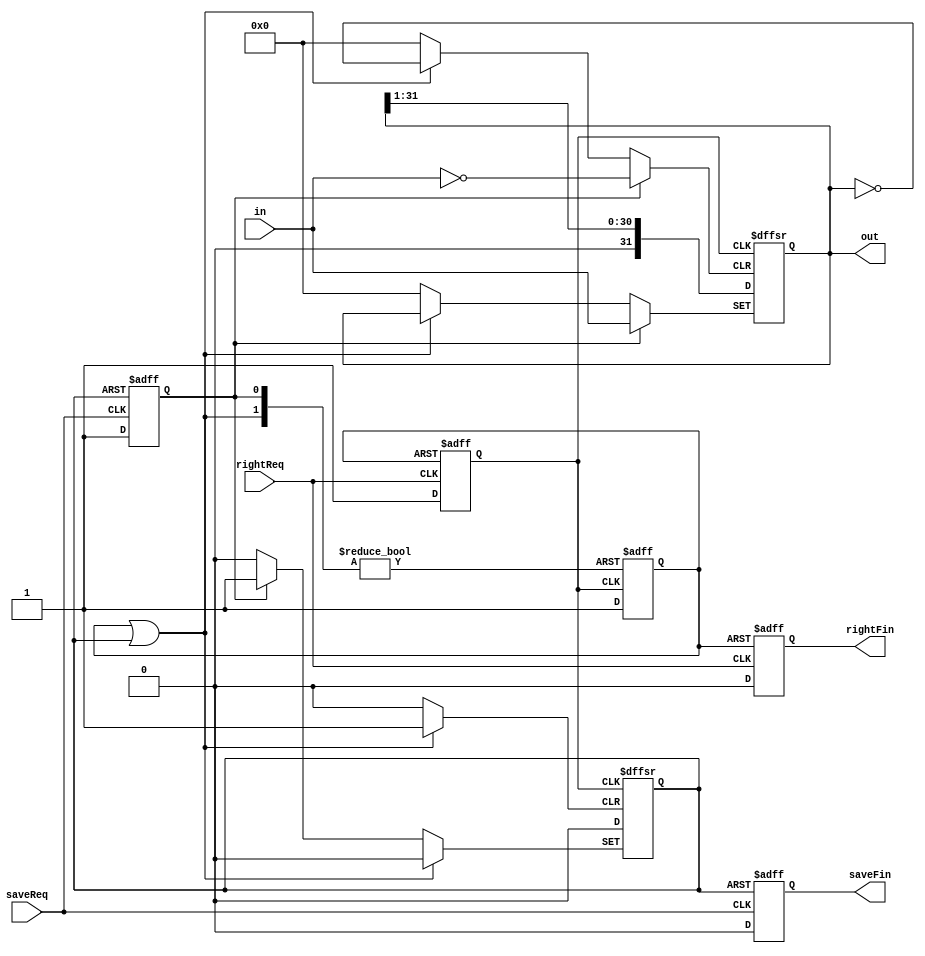
// This program was cloned from: https://github.com/Mario-Hero/Async-Karin
// License: MIT License

`timescale 1ns / 1ps
//////////////////////////////////////////////////////////////////////////////////
// 
// Module Name: registerRight
// Description: Shift Register (Right)
//              When saveReq rises, in -> out. Then saveFin rises.
//              When rightReq rises, {0,out>>1} -> out. Then rightFin rises.
//              Width is the bit width of in and out.
// Dependencies: 
// 
// Revision:
// Revision 0.01 - File Created
// Additional Comments:
// 
//////////////////////////////////////////////////////////////////////////////////

module registerRight #(parameter Width=32) (saveReq,saveFin,rightReq,rightFin,in,out);
input saveReq,rightReq;
output reg saveFin=1'b0, rightFin=1'b0;
input [Width-1:0] in;
output reg [Width-1:0] out=0;

reg rightReqBuf=1'b0,rightFinBuf=1'b0,saveReqBuf=1'b0,saveFinBuf=1'b0;
wire eventFin=rightFinBuf|saveFinBuf;

always@(posedge rightReq or posedge rightFinBuf) begin
    if(rightFinBuf) begin 
        rightReqBuf<=1'b0;
        rightFin<=1'b1;
    end
    else begin
        rightReqBuf<=1'b1;
        rightFin<=1'b0;
    end
end

always@(posedge saveReq or posedge saveFinBuf) begin
    if(saveFinBuf) begin
        saveReqBuf<=1'b0;
        saveFin<=1'b1;
    end
    else begin
        saveReqBuf<=1'b1;
        saveFin<=1'b0;
    end
end

always@(posedge saveReqBuf or posedge rightReqBuf or posedge eventFin) begin
if(eventFin) begin
    saveFinBuf<=1'b0;
    rightFinBuf<=1'b0;
    out<=out;
end
else if(saveReqBuf) begin
    saveFinBuf<=1'b1;
    rightFinBuf<=1'b0;
    out<=in;
end
else if(rightReqBuf) begin
    rightFinBuf<=1'b1;
    saveFinBuf<=1'b0;
    out<={1'b0,out>>1};
end
else begin
    rightFinBuf<=1'b0;
    saveFinBuf<=1'b0;
    out<=out;
end
end

endmodule